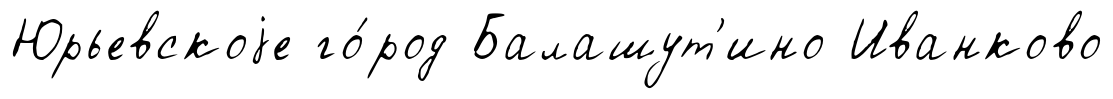
Юрьевскоjе го́род Балашут'ино Иванково